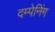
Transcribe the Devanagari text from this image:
दम्पेनिंग